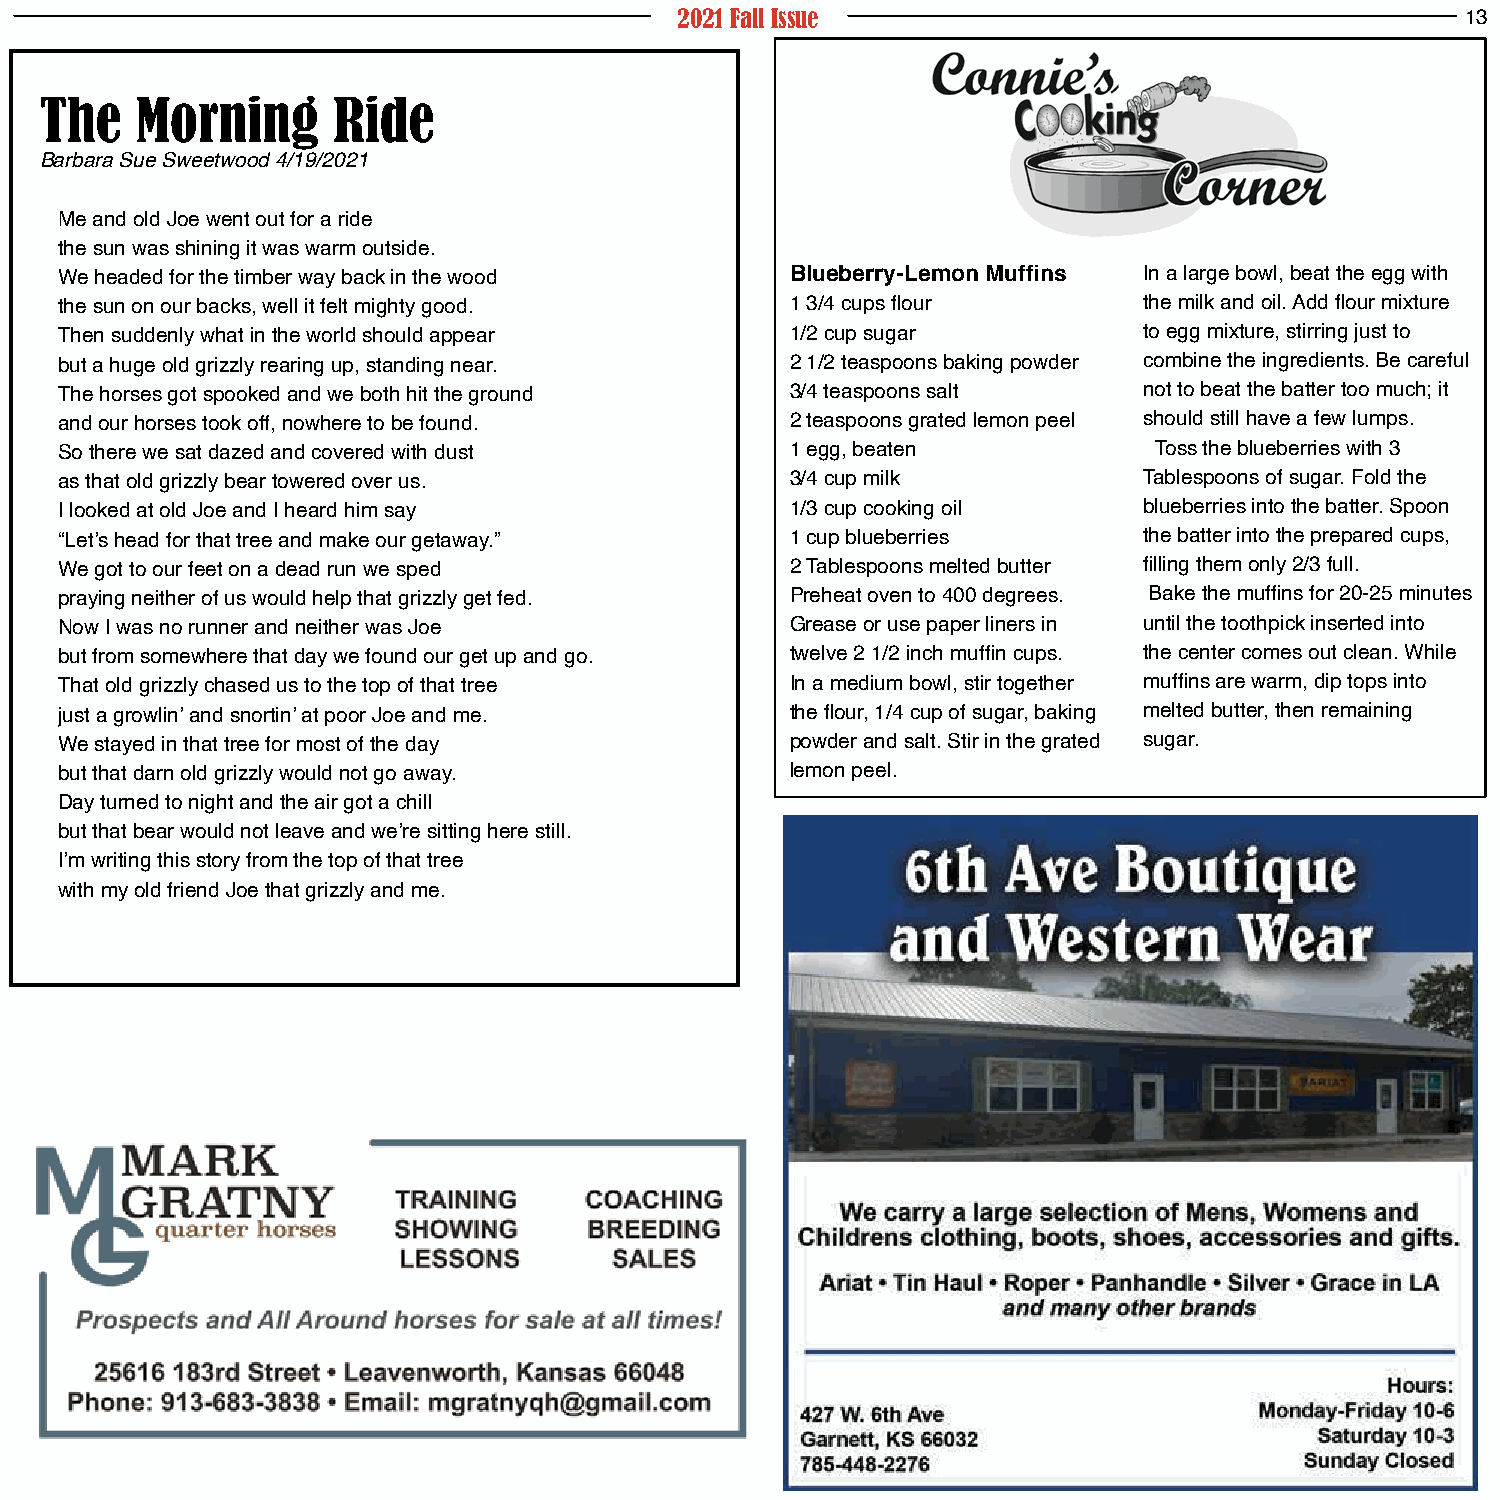
2021 Fall Issue                                     13
 The   Morning      Ride
 Barbara Sue Sweetwood 4/19/2021
 Me and old Joe went out for a ride
 the sun was shining it was warm outside.
 We headed for the timber way back in the wood   Blueberry-Lemon Muffins In a large bowl, beat the egg with
 the sun on our backs, well it felt mighty good. 1 3/4 cups flour        the milk and oil. Add flour mixture
 Then suddenly what in the world should appear   1/2 cup sugar           to egg mixture, stirring just to
 but a huge old grizzly rearing up, standing near. 2 1/2 teaspoons baking powder combine the ingredients. Be careful
 The horses got spooked and we both hit the ground 3/4 teaspoons salt    not to beat the batter too much; it
 and our horses took off, nowhere to be found.   2 teaspoons grated lemon peel should still have a few lumps.
 So there we sat dazed and covered with dust     1 egg, beaten           Toss the blueberries with 3
 as that old grizzly bear towered over us.       3/4 cup milk            Tablespoons of sugar. Fold the
 I looked at old Joe and I heard him say         1/3 cup cooking oil     blueberries into the batter. Spoon
 “Let’s head for that tree and make our getaway.” 1 cup blueberries      the batter into the prepared cups,
 We got to our feet on a dead run we sped        2 Tablespoons melted butter filling them only 2/3 full.
 praying neither of us would help that grizzly get fed. Preheat oven to 400 degrees. Bake the muffins for 20-25 minutes
 Now I was no runner and neither was Joe         Grease or use paper liners in until the toothpick inserted into
 but from somewhere that day we found our get up and go. twelve 2 1/2 inch muffin cups. the center comes out clean. While
 That old grizzly chased us to the top of that tree In a medium bowl, stir together muffins are warm, dip tops into
 just a growlin’ and snortin’ at poor Joe and me. the flour, 1/4 cup of sugar, baking melted butter, then remaining
 We stayed in that tree for most of the day      powder and salt. Stir in the grated sugar.
 but that darn old grizzly would not go away.    lemon peel.
 Day turned to night and the air got a chill
 but that bear would not leave and we’re sitting here still.
 I’m writing this story from the top of that tree
 with my old friend Joe that grizzly and me.